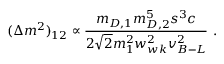
( \Delta m ^ { 2 } ) _ { 1 2 } \propto { \frac { m _ { D , 1 } m _ { D , 2 } ^ { 5 } s ^ { 3 } c } { 2 \sqrt { 2 } m _ { 1 } ^ { 2 } w _ { w k } ^ { 2 } v _ { B - L } ^ { 2 } } } ~ .